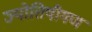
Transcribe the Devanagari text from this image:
ज्योतिषीगण